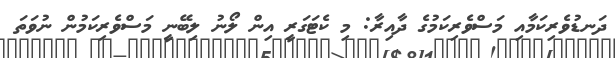
ދަނޑުވެރިކަމާއި މަސްވެރިކަމުގެ ދާއިރާ: މި ކެޓަގަރީ އިން ލޯނު ލިބޭނީ މަސްވެރިކަމުން ނުވަތަ